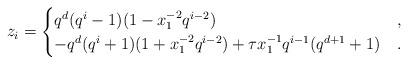
LaTeX: \begin{align*} z_i = \begin{cases} q^d (q^i-1)(1 - x_1^{-2} q^{i-2}) & , \\ - q^d (q^i+1) (1 + x_1^{-2} q^{i-2}) + \tau x_1^{-1} q^{i-1}(q^{d+1}+1) & . \end{cases} \end{align*}